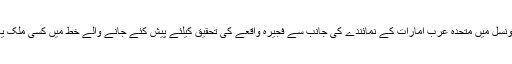
اقوام متحدہ کی سلامتی کونسل میں متحدہ عرب امارات کے نمائندے کی جانب سے فجیرہ واقعے کی تحقیق کیلئے پیش کئے جانے والے خط میں کسی ملک یا گروہ کا نام نہیں لیا گیا۔